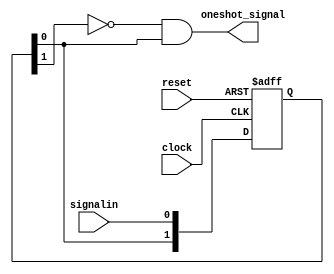
`timescale 1ns / 1ps
//////////////////////////////////////////////////////////////////////////////////
// Company: 
// Engineer: 
// 
// Design Name: 
// Module Name: oneshot_gen
// Project Name: 
// Target Devices: 
// Tool Versions: 
// Description: 
// 
// Dependencies: 
// 
// Revision:
// Revision 0.01 - File Created
// Additional Comments:
// 
//////////////////////////////////////////////////////////////////////////////////


module oneshot_gen(
    input clock,
    input reset,
    input signalin,
    output oneshot_signal

    );
    
    reg [1:0] sh;
    
    always@(posedge clock or posedge reset)
    begin
        if(reset) sh <= 0;
        else sh <= {sh[0], signalin};
    end
    
    assign oneshot_signal = ~sh[1] & sh[0];
        
endmodule